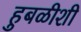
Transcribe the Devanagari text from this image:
हुबळीशी